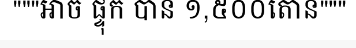
"""អាច ផ្ទុក បាន ១,៥០០តោន"""